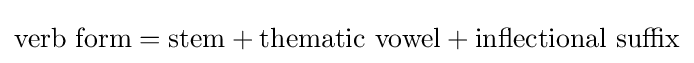
\mathrm {verb\ form} ={\mbox{stem}}+{\mbox{thematic vowel}}+{\mbox{inflectional suffix}}